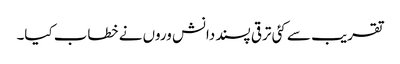
تقریب سے کئی ترقی پسند دانش وروں نے خطاب کیا۔